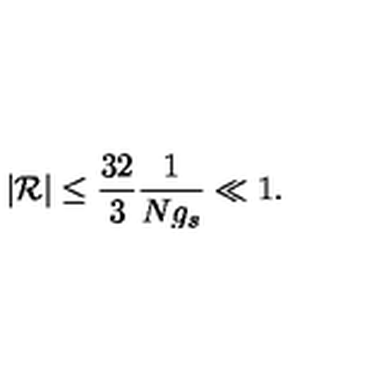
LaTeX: \vert { \cal R } \vert \le \frac { 3 2 } { 3 } \frac { 1 } { N g _ { s } } \ll 1 .